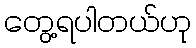
တွေ့ရပါတယ်ဟု